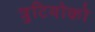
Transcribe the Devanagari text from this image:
त्रुटियोको